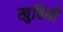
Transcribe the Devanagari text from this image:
खुबियों